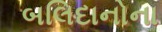
બલિદાનોના